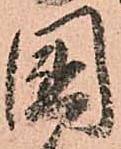
國